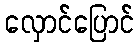
လှောင်ပြောင်